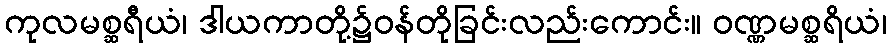
ကုလမစ္ဆရီယံ၊ ဒါယကာတို့၌ဝန်တိုခြင်းလည်းကောင်း။ ဝဏ္ဏမစ္ဆရိယံ၊